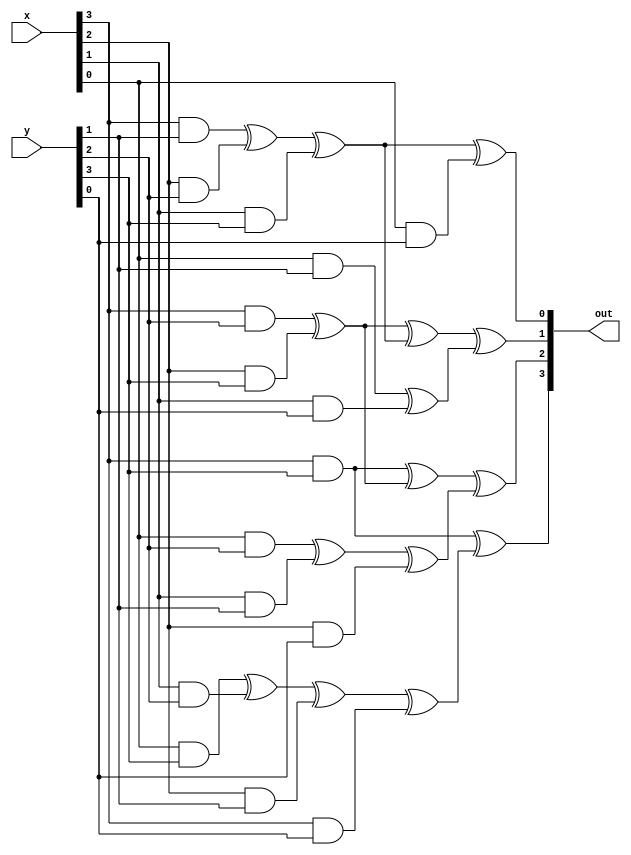
module gf4_mult_t(input[3:0]x , input[3:0]y,output [3:0] out);

wire [6:0]c;
wire [6:0]d;
wire [6:0]out1;
assign c[0]=(x[0]&y[0]);
assign c[1]=(x[0]&y[1] ^ x[1]&y[0]);
assign c[2]=(x[0]&y[2] ^ x[1]&y[1] ^ x[2]&y[0]);
assign c[3]=(x[0]&y[3] ^ x[1]&y[2] ^ x[2]&y[1]  ^ x[3]&y[0]);
assign c[4]=(x[3]&y[1] ^ x[2]&y[2] ^ x[1]&y[3]);
assign c[5]=(x[3]&y[2] ^ x[2]&y[3]);
assign c[6]=(x[3]&y[3]);
assign out1[3]= (c[6]^c[3]) ;
assign out1[2]= (c[6] ^ c[5] ^  c[2] );
assign out1[1]= (c[5] ^ c[4] ^c[1] );
assign out1[0]= ((c[4]) ^c[0]);
assign d[0]=(out1[0]&1'b1);
assign d[1]=(out1[0]&1'b0^out1[1]&1'b1);
assign d[2]=(out1[0]&1'b0^out1[1]&1'b0^ out1[2]&1'b1);
assign d[3]=(out1[0]&1'b0^out1[1]&1'b0^ out1[2]&1'b0^out1[3]&1'b1);
assign d[4]=(out1[3]&1'b0^out1[2]&1'b0^ out1[1]&1'b0);
assign d[5]=(out1[3]&1'b0^out1[2]&1'b0);
assign d[6]=(out1[3]&1'b0);
assign out[3]= (d[6]^d[3]) ;
assign out[2]= (d[6] ^ d[5] ^ d[2] );
assign out[1]= (d[5] ^ d[4] ^d[1] );
assign out[0]= ((d[4]) ^d[0]);
endmodule